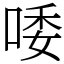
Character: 唩